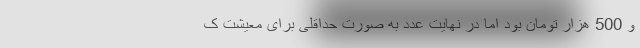
و 500 هزار تومان بود اما در نهایت عدد به صورت حداقلی برای معیشت ک